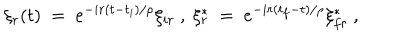
\xi _ { r } ( t ) \ = \ e ^ { - i r ( t - t _ { i } ) / \rho } \xi _ { i r } \ , \ \xi _ { r } ^ { * } \ = \ e ^ { - i r ( t _ { f } - t ) / \rho } \xi _ { f r } ^ { * } \ ,